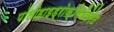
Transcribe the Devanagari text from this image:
पॉलीहाइड्रोक्सिवैलेरेट